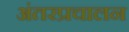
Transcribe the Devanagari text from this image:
अंतरप्रचालन